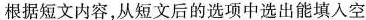
根据短文内容,从短文后的选项中选出能填入空